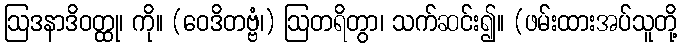
ဩဒနာဒိဝတ္ထု၊ ကို။ (ဝေဒိတဗ္ဗံ၊) ဩတရိတွာ၊ သက်ဆင်း၍။ (ဖမ်းထားအပ်သူတို့